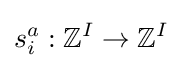
s_{i}^{a}:\mathbb {Z} ^{I}\to \mathbb {Z} ^{I}